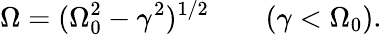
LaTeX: \Omega=(\Omega_{0}^{2}-\gamma^{2})^{1/2}\qquad(\gamma<\Omega_{0}).